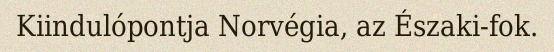
Kiindulópontja Norvégia, az Északi-fok.